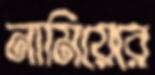
নামিয়েরে